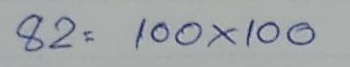
82 = 100 x 100